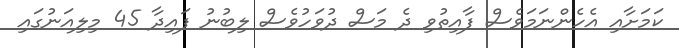
ކަމަށާއި އެހެންނަމަވެސް ފާއިތުވި ދެ މަސް ދުވަހުވެސް ލިބުނު ފައިދާ 45 މިލިއަނުގައި